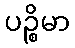
ပဉ္စိမာ